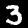
Label: 3